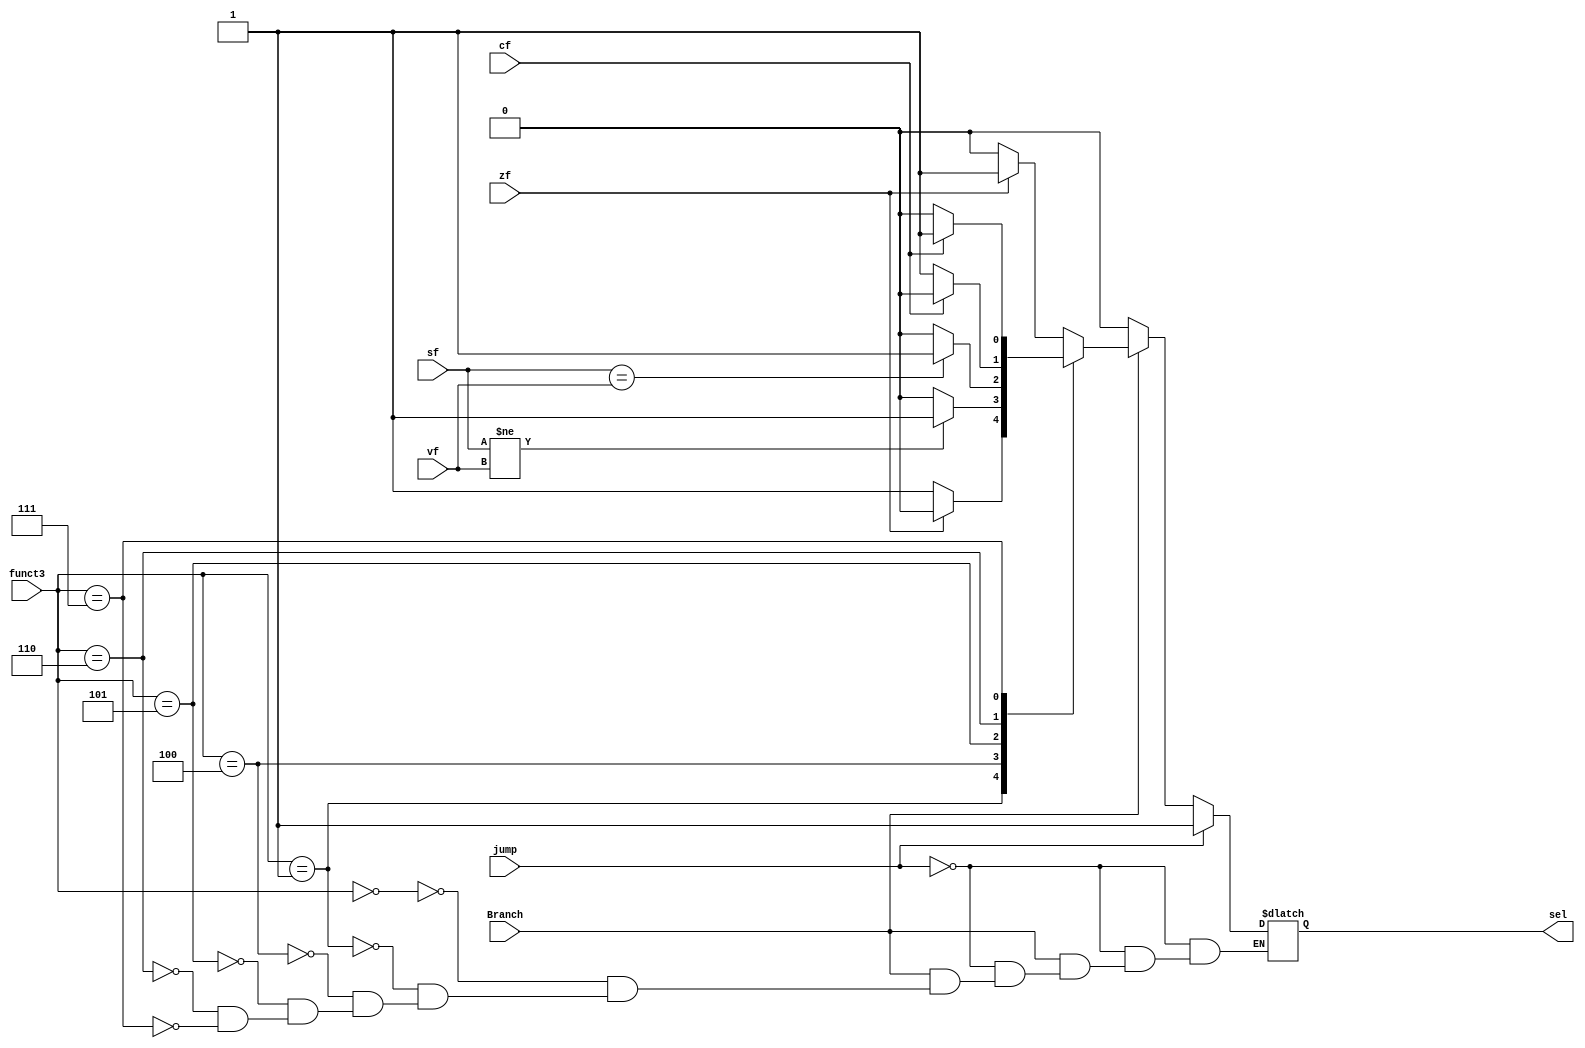
`timescale 1ns / 1ps

module Branching_Unit(
input Branch,
input [2:0] funct3,
input sf, zf, vf, cf,
input jump,
output reg sel
    );
    
always@(*)begin
if(jump) begin
sel = 1;
end
else begin
if (Branch) begin
case(funct3)
3'b000: begin
if (zf == 1)
sel = 1;
else sel = 0;
end //BEQ
3'b001: begin
if (zf == 0)
sel = 1;
else sel = 0;
end //BNE
3'b100: begin
if ( sf != vf)
sel = 1;
else sel = 0;
end //BLT
3'b101:  begin
if (sf == vf)
sel = 1;
else sel = 0;
end //BGE
3'b110:  begin
if (~cf)
sel = 1;
else sel = 0;
end //BLTU
3'b111: begin
if (cf)
sel = 1;
else sel = 0;
end  //BGEU

endcase
end
else sel = 0;
end
end

endmodule